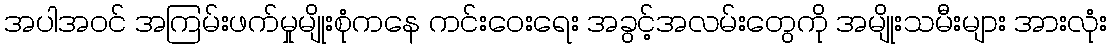
အပါအဝင် အကြမ်းဖက်မှုမျိုးစုံကနေ ကင်းဝေးရေး အခွင့်အလမ်းတွေကို အမျိုးသမီးများ အားလုံး